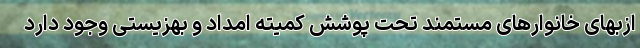
ازبهای خانوار‌های مستمند تحت پوشش کمیته امداد و بهزیستی وجود دارد